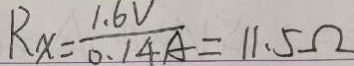
R _ { x } = \frac { 1 . 6 V } { 0 . 1 4 A } = 1 1 . 5 \Omega